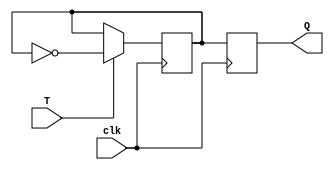
module tff (
    input clk,
    input T,
    output reg Q
);

reg D;

always @(posedge clk) begin
    if (T == 1'b1) begin
        D <= ~D;
    end
end

always @(posedge clk) begin
    Q <= D;
end

endmodule